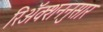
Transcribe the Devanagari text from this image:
रिॲक्शननुसार